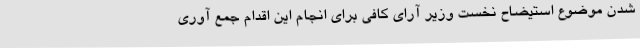
شدن موضوع استیضاح نخست وزیر آرای کافی برای انجام این اقدام جمع آوری